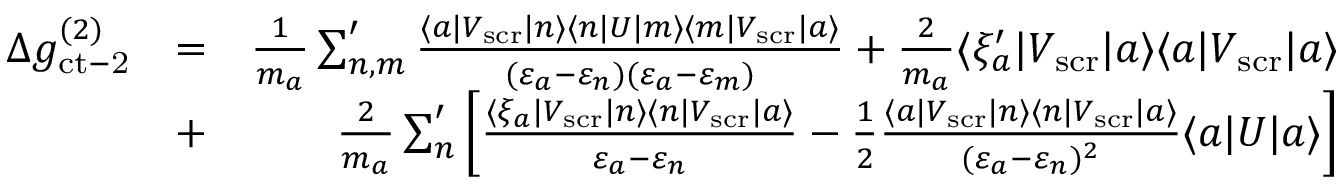
\begin{array} { r l r } { \Delta g _ { \mathrm { c t - 2 } } ^ { ( 2 ) } } & { = } & { \frac { 1 } { m _ { a } } \sum _ { n , m } ^ { \prime } \frac { \langle a | V _ { \mathrm { s c r } } | n \rangle \langle n | U | m \rangle \langle m | V _ { \mathrm { s c r } } | a \rangle } { ( \varepsilon _ { a } - \varepsilon _ { n } ) ( \varepsilon _ { a } - \varepsilon _ { m } ) } + \frac { 2 } { m _ { a } } \langle \xi _ { a } ^ { \prime } | V _ { \mathrm { s c r } } | a \rangle \langle a | V _ { \mathrm { s c r } } | a \rangle } \\ & { + } & { \frac { 2 } { m _ { a } } \sum _ { n } ^ { \prime } \left[ \frac { \langle \xi _ { a } | V _ { \mathrm { s c r } } | n \rangle \langle n | V _ { \mathrm { s c r } } | a \rangle } { \varepsilon _ { a } - \varepsilon _ { n } } - \frac 1 2 \frac { \langle a | V _ { \mathrm { s c r } } | n \rangle \langle n | V _ { \mathrm { s c r } } | a \rangle } { ( \varepsilon _ { a } - \varepsilon _ { n } ) ^ { 2 } } \langle a \vert U \vert a \rangle \right] } \end{array}